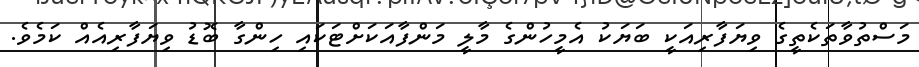
މަސްތުވާތަކެތީގެ ވިޔަފާރިއަކީ ބަޔަކު އެމީހުންގެ މާލީ މަންފާއަކަށްޓަކައި ހިންގާ ބޮޑު ވިޔަފާރިއެއް ކަމެވެ.